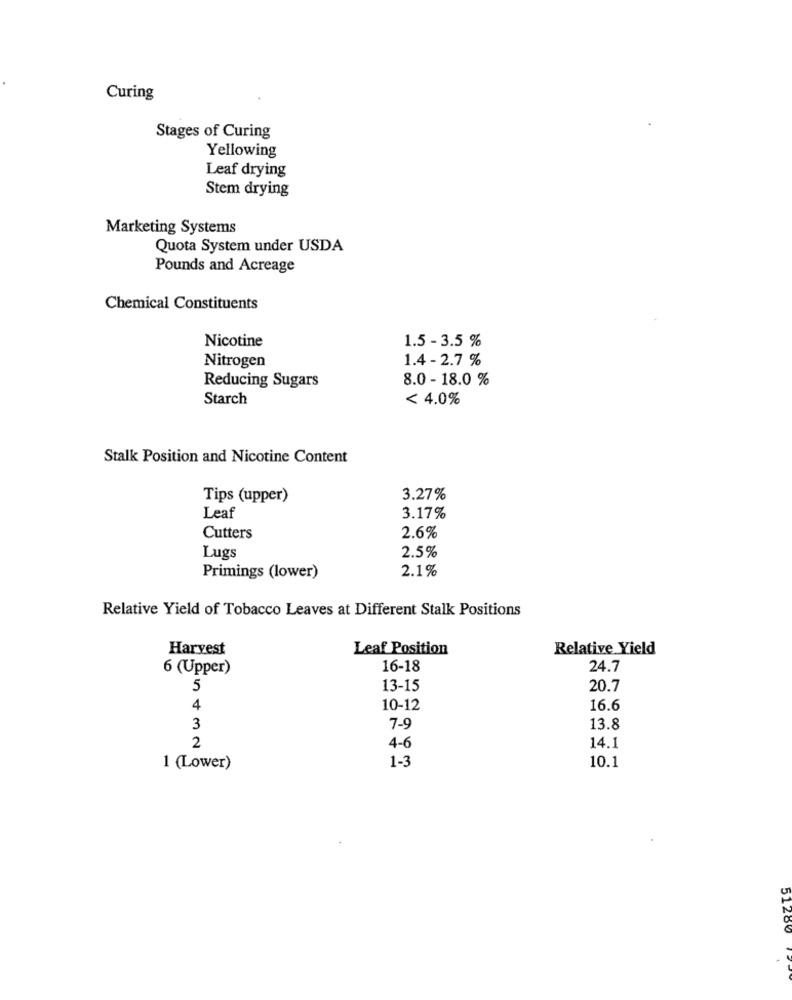
Curing
Stages of Curing
Yellowing
Leaf drying
Stem drying
Marketing Systems
Quota System under USDA
Pounds and Acreage
Chemical Constituents
Nicotine
1.5 - 3.5 %
1.4 - 2.7 %
Nitrogen
Reducing Sugars
8.0 - 18.0 %
Starch
< 4.0%
Stalk Position and Nicotine Content
Tips (upper)
3.27%
Leaf
3.17%
Cutters
2.6%
Lugs
2.5%
2.1%
Primings (lower)
Relative Yield of Tobacco Leaves at Different Stalk Positions
Harvest
Leaf Position
Relative Yield
6 (Upper)
16-18
24.7
5
13-15
20.7
4
10-12
16.6
3
7-9
13.8
2
4-6
14.1
1-3
1 (Lower)
10.1